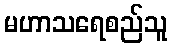
မဟာသရေစည်သူ